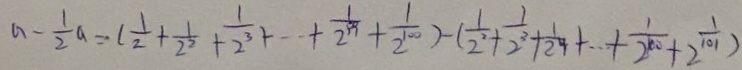
a - \frac { 1 } { 2 } a = ( \frac { 1 } { 2 } + \frac { 1 } { 2 ^ { 2 } } + \frac { 1 } { 2 ^ { 3 } } + \cdots + \frac { 1 } { 2 ^ { 9 9 } } + \frac { 1 } { 2 ^ { 1 0 0 } } ) - ( \frac { 1 } { 2 ^ { 2 } } + \frac { 1 } { 2 ^ { 3 } } + \frac { 1 } { 2 ^ { 4 } } + \cdots + \frac { 1 } { 2 ^ { 1 0 0 } } + \frac { 1 } { 2 ^ { 1 0 1 } } )